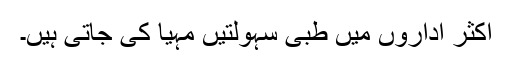
اکثر اداروں میں طبی سہولتیں مہیا کی جاتی ہیں۔